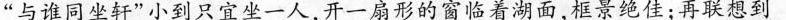
“与谁同坐轩”小到只宜坐一人，开一扇形的窗临着湖面.框景绝佳:再联想到